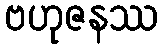
ဗဟုဇနဿ